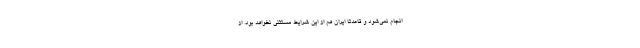
انجام نمی‌شود و قاعدتا ایران هم از این شرایط مستثنی نخواهد بود. از